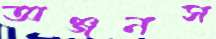
অঞ্জনস